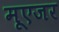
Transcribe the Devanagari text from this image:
मूएजर